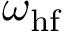
\omega _ { \mathrm { h f } }